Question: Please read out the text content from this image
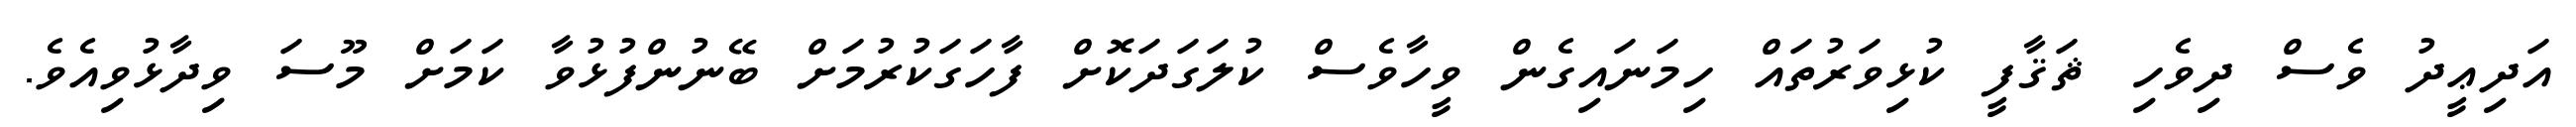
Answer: އަދިޢީދު ވެސް ދިވެހި ޘަޤާފީ ކުޅިވަރުތައް ހިމަނައިގެން ވީހާވެސް ކުލަގަދަކޮށް ފާހަގަކުރުމަށް ބޭނުންފުޅުވާ ކަމަށް މޫސަ ވިދާޅުވިއެވެ.